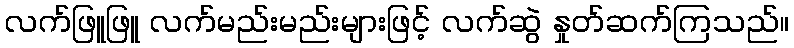
လက်ဖြူဖြူ လက်မည်းမည်းများဖြင့် လက်ဆွဲ နှုတ်ဆက်ကြသည်။